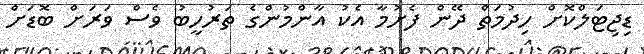
ޑިޖިޓަލްކޮށް ހިދުމަތް ދޭން ފެށުމާ އެކު އާންމުންގެ ތަރުހީބު ވެސް ވަރަށް ބޮޑަށް